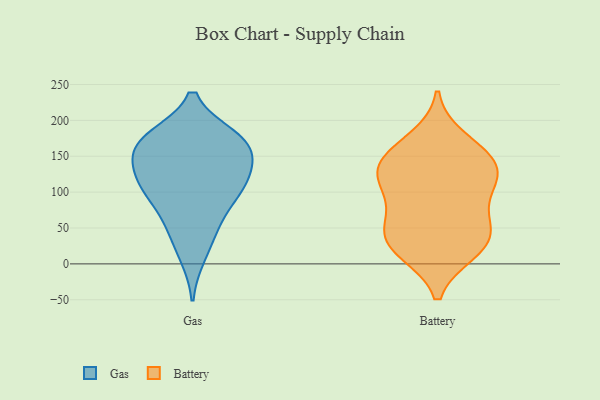
{"axis": {"x": "Humidity (%)", "y": "Value"}, "legend": ["Battery", "Gas"], "data": [{"x": "", "y": 12, "type": "Gas"}, {"x": "", "y": 127, "type": "Gas"}, {"x": "", "y": 114, "type": "Gas"}, {"x": "", "y": 58, "type": "Gas"}, {"x": "", "y": 153, "type": "Gas"}, {"x": "", "y": 95, "type": "Gas"}, {"x": "", "y": 176, "type": "Gas"}, {"x": "", "y": 108, "type": "Gas"}, {"x": "", "y": 131, "type": "Gas"}, {"x": "", "y": 175, "type": "Gas"}, {"x": "", "y": 173, "type": "Gas"}, {"x": "", "y": 97, "type": "Gas"}, {"x": "", "y": 47, "type": "Gas"}, {"x": "", "y": 169, "type": "Gas"}, {"x": "", "y": 161, "type": "Gas"}, {"x": "", "y": 141, "type": "Battery"}, {"x": "", "y": 47, "type": "Battery"}, {"x": "", "y": 128, "type": "Battery"}, {"x": "", "y": 108, "type": "Battery"}, {"x": "", "y": 174, "type": "Battery"}, {"x": "", "y": 142, "type": "Battery"}, {"x": "", "y": 17, "type": "Battery"}, {"x": "", "y": 49, "type": "Battery"}, {"x": "", "y": 48, "type": "Battery"}, {"x": "", "y": 18, "type": "Battery"}, {"x": "", "y": 157, "type": "Battery"}, {"x": "", "y": 107, "type": "Battery"}, {"x": "", "y": 80, "type": "Battery"}, {"x": "", "y": 25, "type": "Battery"}, {"x": "", "y": 126, "type": "Battery"}]}